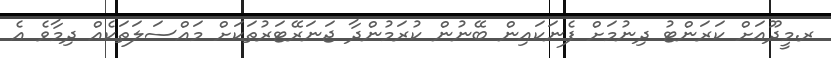
ރ.މީދޫއަށް ކަރަންޓު ދިނުމަށް ފެނަކައިން ބޭނުން ކުރަމުންދާ ޖަނަރޭޓަރުތަކަށް މައްސަލަތަކެއް ދިމާވެ އެ